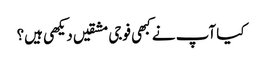
کیا آپ نے کبھی فوجی مشقیں دیکھی ہیں؟